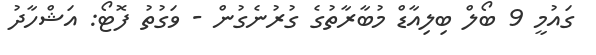
ގައުމީ 9 ބޯލް ބިލިއާޑް މުބާރާތުގެ ގުރުނެގުން - ވަގުތު ފޮޓޯ: އަޝްހާދު